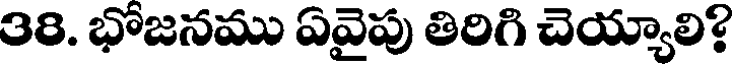
38. భోజనము ఏవైపు తిరిగి చెయ్యాలి?